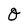
Character: O